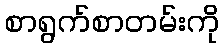
စာရွက်စာတမ်းကို